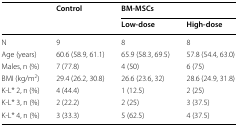
<table><thead><tr><td rowspan="2"></td><td rowspan="2"><b>Control</b></td><td colspan="2"><b>BM-MSCs</b></td></tr><tr><td><b>Low-dose</b></td><td><b>High-dose</b></td></tr></thead><tbody><tr><td>N</td><td>9</td><td>8</td><td>8</td></tr><tr><td>Age (years)</td><td>60.6 (58.9, 61.1)</td><td>65.9 (58.3, 69.5)</td><td>57.8 (54.4, 63.0)</td></tr><tr><td>Males, n (%)</td><td>7 (77.8)</td><td>4 (50)</td><td>6 (75)</td></tr><tr><td>BMI (kg/m<sup>2</sup>)</td><td>29.4 (26.2, 30.8)</td><td>26.6 (23.6, 32)</td><td>28.6 (24.9, 31.8)</td></tr><tr><td>K-L* 2, n (%)</td><td>4 (44.4)</td><td>1 (12.5)</td><td>2 (25)</td></tr><tr><td>K-L* 3, n (%)</td><td>2 (22.2)</td><td>2 (25)</td><td>3 (37.5)</td></tr><tr><td>K-L* 4, n (%)</td><td>3 (33.3)</td><td>5 (62.5)</td><td>4 (37.5)</td></tr></tbody></table>